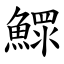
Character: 鰥